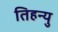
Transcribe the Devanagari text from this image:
तिहन्यु